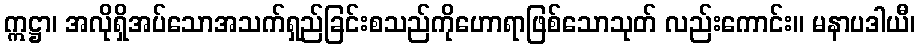
ဣဋ္ဌာ၊ အလိုရှိအပ်သောအသက်ရှည်ခြင်းစသည်ကိုဟောရာဖြစ်သောသုတ် လည်းကောင်း။ မနာပဒါယီ၊